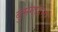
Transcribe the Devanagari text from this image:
बुमगार्डनर